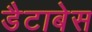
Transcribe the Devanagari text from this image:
डैटाबेस